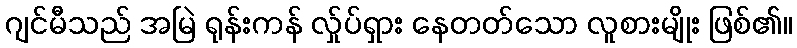
ဂျင်မီသည် အမြဲ ရုန်းကန် လ်ှုပ်ရှား နေတတ်သော လူစားမျိုး ဖြစ်၏။